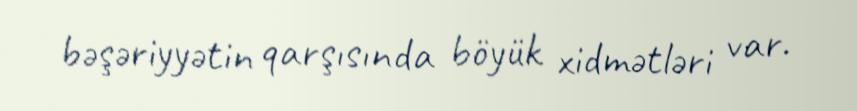
bəşəriyyətin qarşısında böyük xidmətləri var.